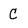
Character: C